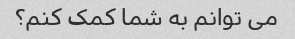
می توانم به شما کمک کنم؟